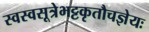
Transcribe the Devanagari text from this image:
स्वस्वसूत्रेभट्टकृतौचज्ञेयः